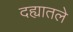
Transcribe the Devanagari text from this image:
दह्यातले